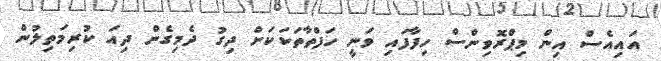
އައިއެސް އިން މިޕްރޮވިންސް ހިފާފައި ވަނީ ހަފްތާތަކަކަށް ދިގު ދެމިގެން ދިއަ ކުރިމަތިލުން